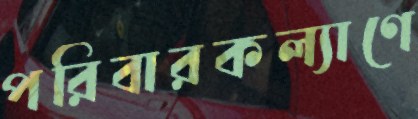
পরিবারকল্যাণে